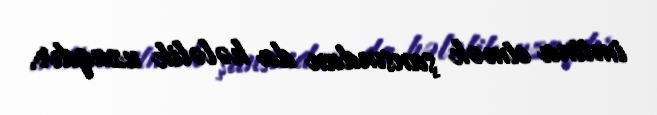
imtina etmək şansından da hələlik uzaqdır.